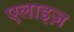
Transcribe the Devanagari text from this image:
एलाइज़